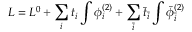
{ \cal L } = { \cal L } ^ { 0 } + \sum _ { i } t _ { i } \int \phi _ { i } ^ { ( 2 ) } + \sum _ { \bar { i } } { \bar { t } } _ { \bar { i } } \int { \bar { \phi } } _ { \bar { i } } ^ { ( 2 ) }